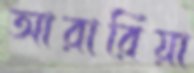
আরারিয়া